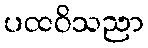
ပထဝိသညာ